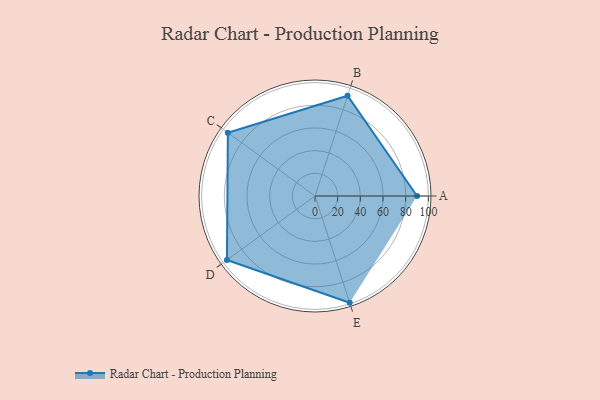
{"axis": {"x": "Skill", "y": "Score"}, "legend": ["Profile"], "data": [{"x": "A", "y": 90.0, "type": "Profile"}, {"x": "B", "y": 93.0, "type": "Profile"}, {"x": "C", "y": 95.0, "type": "Profile"}, {"x": "D", "y": 96.0, "type": "Profile"}, {"x": "E", "y": 99.0, "type": "Profile"}]}